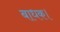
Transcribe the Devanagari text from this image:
बाधक।